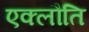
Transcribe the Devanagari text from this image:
एक्लौति